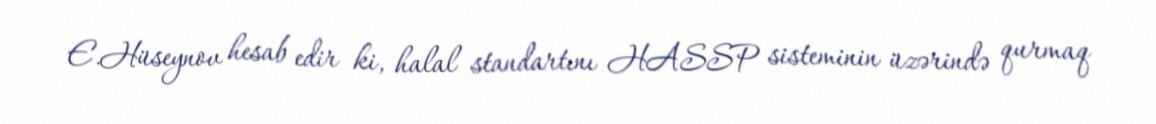
E.Hüseynov hesab edir ki, halal standartını HASSP sisteminin üzərində qurmaq